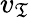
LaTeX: v_{\mathfrak{T}}